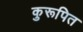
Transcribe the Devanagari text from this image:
कुरूपित